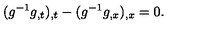
( g ^ { - 1 } g _ { , t } ) _ { , t } - ( g ^ { - 1 } g _ { , x } ) _ { , x } = 0 .